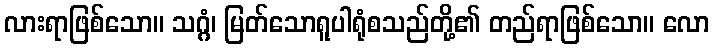
လားရာဖြစ်သော။ သဂ္ဂံ၊ မြတ်သောရူပါရုံစသည်တို့၏ တည်ရာဖြစ်သော။ လော